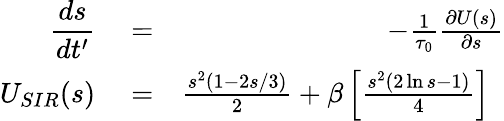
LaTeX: \begin{array}{rlr}{\displaystyle\frac{ds}{dt^{\prime}}}&{{}=}&{-\frac{1}{\tau_{0}}\frac{\partial U(s)}{\partial s}}\\ {U_{SIR}(s)}&{{}=}&{\frac{s^{2}(1-2s/3)}{2}+\beta\left[\frac{s^{2}(2\ln{s}-1)}{4}\right]~~}\end{array}